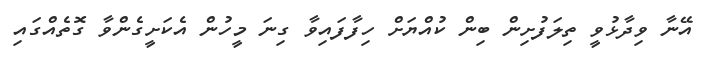
އޭނާ ވިދާޅުވީ ތިލަފުށިން ބިން ކުއްޔަށް ހިފާފައިވާ ގިނަ މީހުން އެކަށީގެންވާ ގޮތެއްގައި